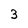
Character: 3